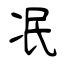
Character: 冺